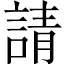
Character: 請